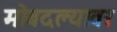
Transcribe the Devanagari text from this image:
मोबदल्यावर